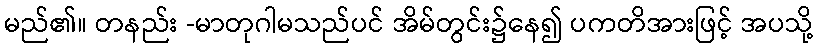
မည်၏။ တနည်း -မာတုဂါမသည်ပင် အိမ်တွင်း၌နေ၍ ပကတိအားဖြင့် အပသို့